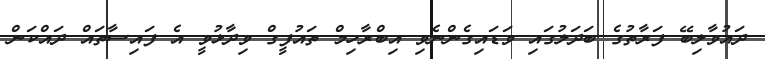
ދައުވާލިބޭ ފަރާތުގެ ބަދަލުގައި ވަޑައިގެންނެވި އިބްރާހިމް ތައުފީގް ވިދާޅުވީ އެ ފައިސާތައް ދައްކަން